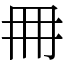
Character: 𠕋